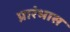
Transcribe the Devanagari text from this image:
प्रारंभास